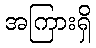
အကြားရှိ